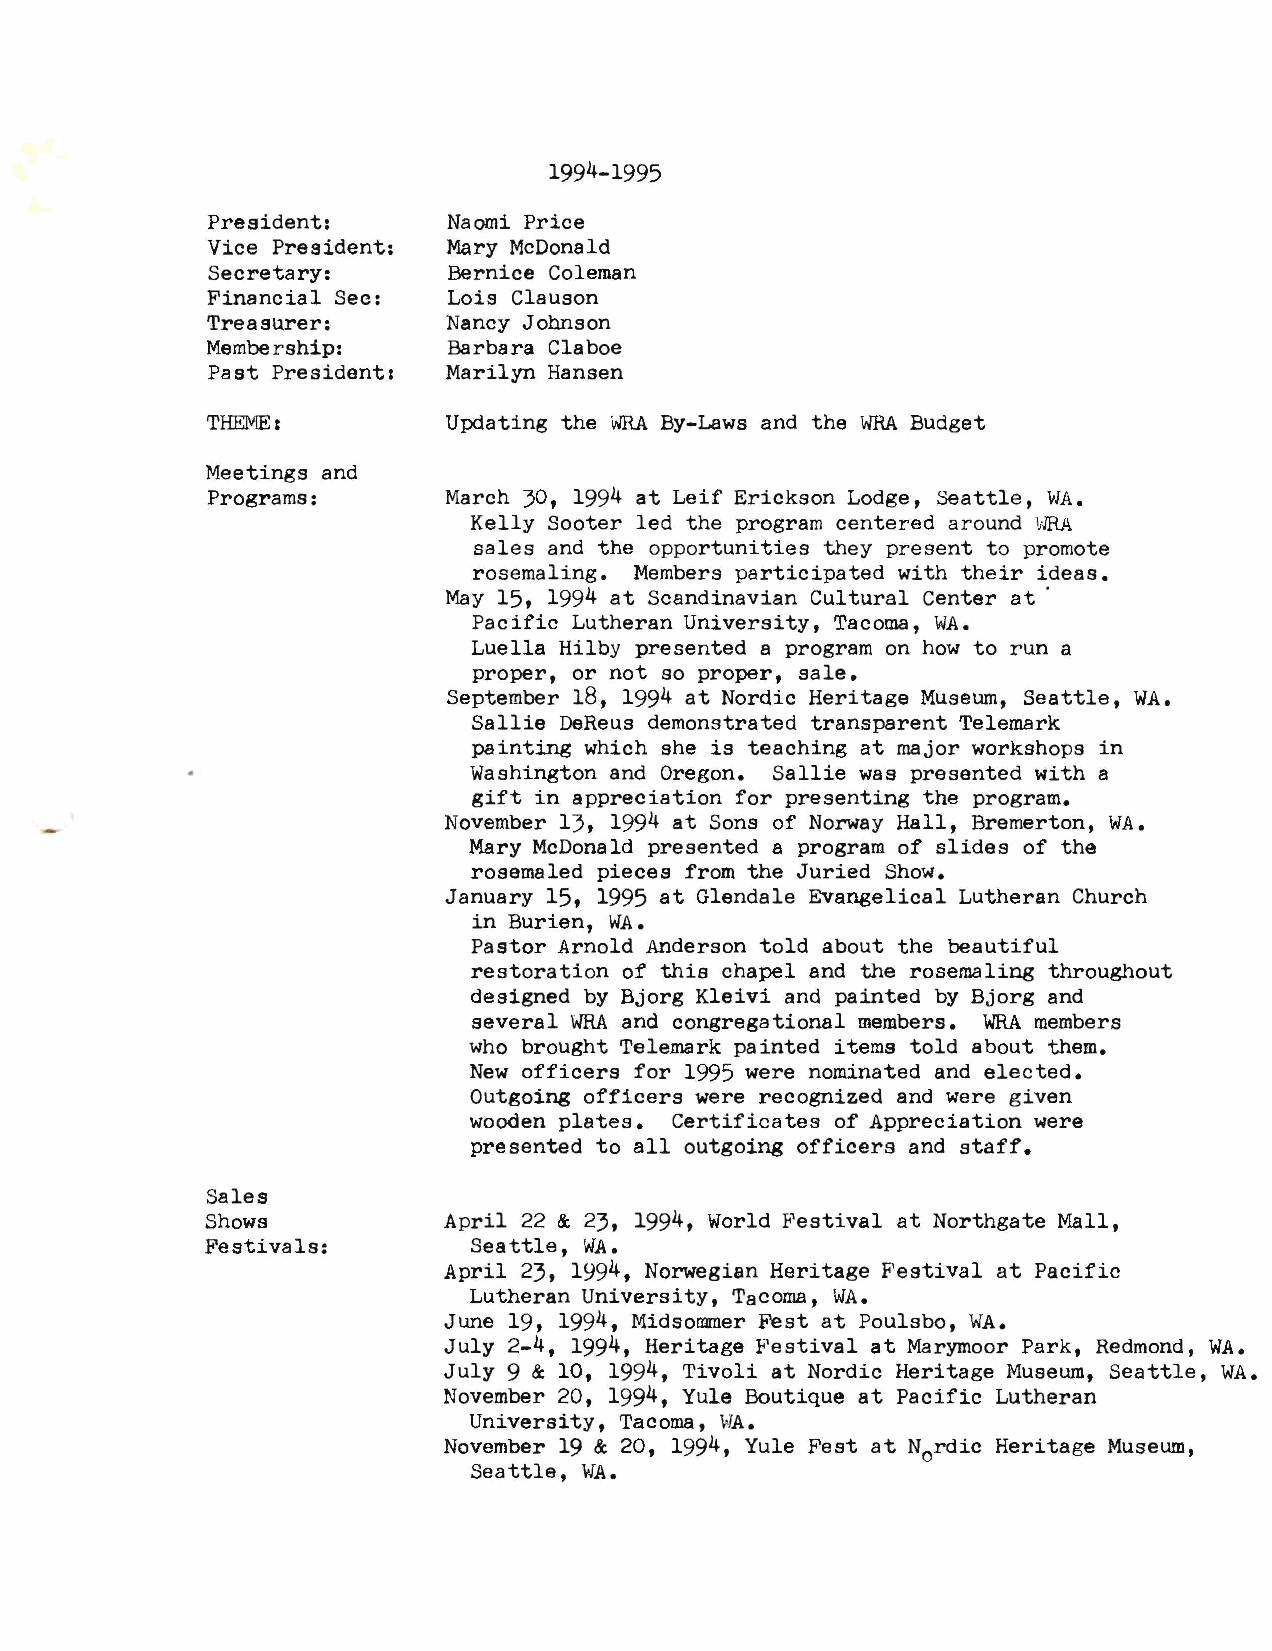
1994-1995
 President:      Naomi Price
 Vice President: Mary McDonald
 Secretary:      Bernice Coleman
 Financial Sec:  Lois Clauson
 Treasurer:      Nancy Johnson
 Membership:     Barbara Claboe
 Past President: Marilyn Hansen
 THEME:          Updating the WRAB y-Laws and the WRAB udget
 Meetings and
 Programs:      March 30, 1994 at Leif Erickson Lodge, Seattle, WA.
 Kelly Sooter led the program centered around WRA
 sales and the opportunities they present to promote
 rosemaling. Members participated with their ideas.
 May 15, 1994 at Scandinavian Cultural Center at·
 Pacific Lutheran University, Tacoma, WA.
 Luella Hilby presented a program on how to run a
 proper, or not so proper, sale.
 September 18, 1994 at Nordic Heritage Museum, Seattle, WA.
 Sallie DeReus demonstrated transparent Telemark
 painting which she is teaching at major workshops in
 Washington and Oregon. Sallie was presented with a
 gift in appreciation for presenting the program.
 November 13, 1994 at Sons of Norway Hall, Bremerton, WA.
 Mary McDonald presented a program of slides of the
 rosemaled pieces from the Juried Show.
 January 15, 1995 at Glendale Evangelical Lutheran Church
 in Burien, WA.
 Pastor Arnold Anderson told about the beautiful
 restoration of this chapel and the rosemaling throughout
 designed by Bjorg Kleivi and painted by Bjorg and
 several WRAa nd congregational members. WRAm embers
 who brought Telemark painted items told about them.
 New officers for 1995 were nominated and elected.
 Outgoing officers were recognized and were given
 wooden plates. Certificates of Appreciation were
 presented to all outgoing officers and staff.
 Sales
 Showa          April 22 & 23, 1994, World Festival at Northgate Mall,
 Festivals:       Seattle, WA.
 April 23, 1994, Norwegian Heritage Festival at Pacific
 Lutheran University, Tacoma, WA.
 June 19, 1994, Midso!llIIler Fest at Poulsbo, WA.
 July 2-4, 1994, Heritage Festival at Marymoor Park, Redmond, WA.
 July 9 & 10, 1994, Tivoli at Nordic Heritage Museum, Seattle, WA.
 November 20, 1994, Yule Boutique at Pacific Lutheran
 University, Tacoma, WA.
 November 19 & 20, 1994, Yule Fest at N rdic Heritage Museum,
 0
 Seattle, WA.